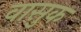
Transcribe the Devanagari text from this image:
वासुक